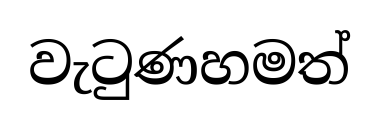
වැටුණහමත්